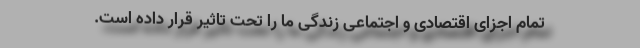
تمام اجزای اقتصادی و اجتماعی زندگی ما را تحت تاثیر قرار داده است.